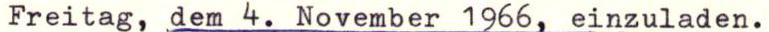
Freitag, dem 4. November 1966, einzuladen.